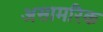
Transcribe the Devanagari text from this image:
असामरिक